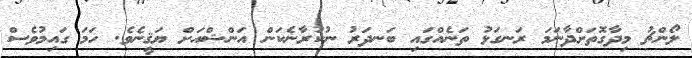
ލޯންޗު މިދާގޮތަށްދާނަމަ ރަނގަޅު ތަނެއްގައި ބަނދަރު ނުކުރާނެކަން އަންޝްއަށް ޔަޤީނެވެ. ހަމަ ގައިމުވެސް